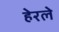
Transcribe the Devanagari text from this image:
हेरलेे